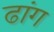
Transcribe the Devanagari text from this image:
ढांग